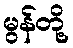
မွန်တို့